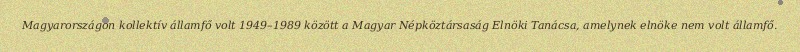
Magyarországon kollektív államfő volt 1949–1989 között a Magyar Népköztársaság Elnöki Tanácsa, amelynek elnöke nem volt államfő.